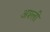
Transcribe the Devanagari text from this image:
अश्ली